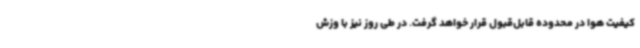
کیفیت هوا در محدوده قابل‌قبول قرار خواهد گرفت. در طی روز نیز با وزش